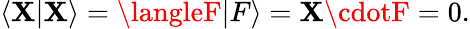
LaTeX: \langle\mathbf{X}|\mathbf{X}\rangle=\langleF|F\rangle=\mathbf{X}\cdotF=0.